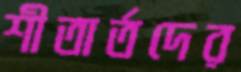
শীতার্তদের